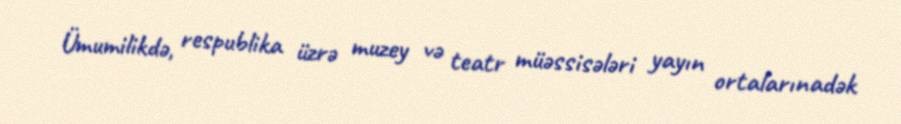
Ümumilikdə, respublika üzrə muzey və teatr müəssisələri yayın ortalarınadək